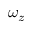
\omega _ { z }